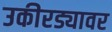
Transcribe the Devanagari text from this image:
उकीरड्यावर